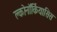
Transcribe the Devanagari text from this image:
क्लोनॉर्कियासिस